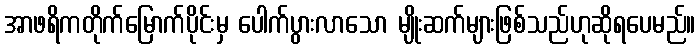
အာဖရိကတိုက်မြောက်ပိုင်းမှ ပေါက်ပွားလာသော မျိုးဆက်များဖြစ်သည်ဟုဆိုရပေမည်။